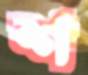
শ